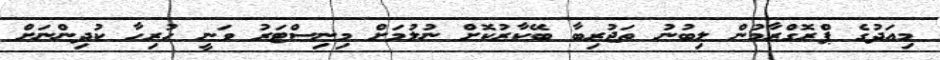
މިއަދުގެ ޕްރޮގްރާމުން ލިބުނު ތަޖުރިބާ ބޭކާރުކޮށް ނުލުމަށް މިނިސްޓަރު ވަނީ ހުރިހާ ކުދިންނަށް